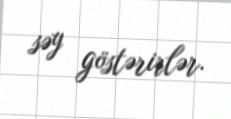
səy göstərirlər.